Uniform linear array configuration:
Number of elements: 24
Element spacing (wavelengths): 0.25
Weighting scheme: hamming
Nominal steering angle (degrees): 45
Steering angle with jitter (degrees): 46.932
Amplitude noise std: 0.05
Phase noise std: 0.05

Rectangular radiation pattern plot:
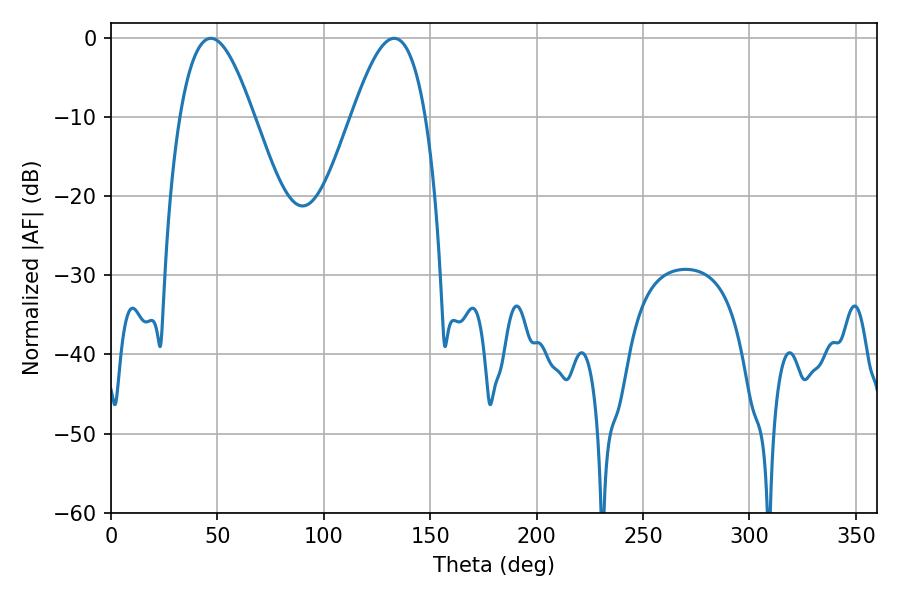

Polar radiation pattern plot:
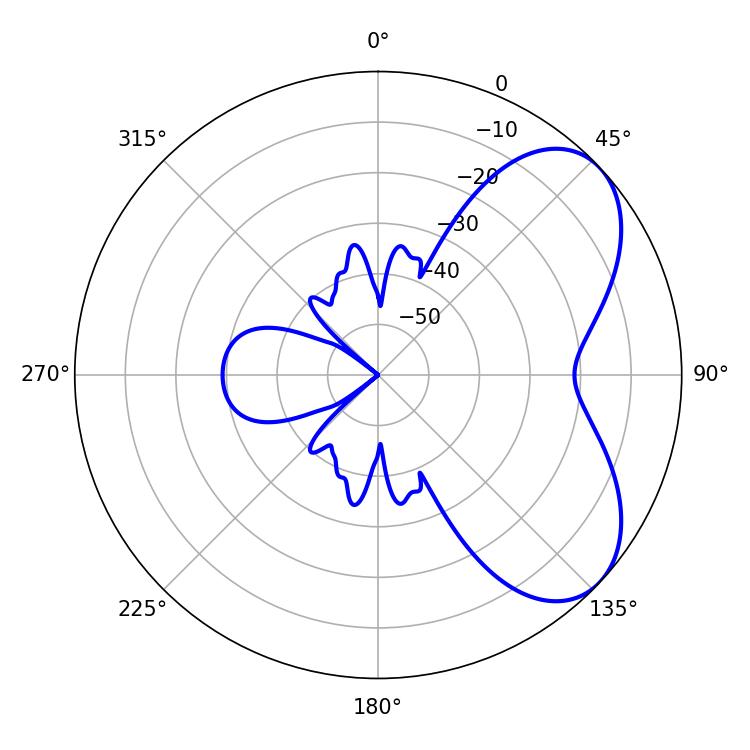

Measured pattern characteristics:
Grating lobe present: FALSE
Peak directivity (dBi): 5.724
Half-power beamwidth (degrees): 18.9
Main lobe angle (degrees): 46.98